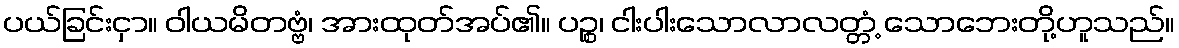
ပယ်ခြင်းငှာ။ ဝါယမိတဗ္ဗံ၊ အားထုတ်အပ်၏။ ပဉ္စ၊ ငါးပါးသောလာလတ္တံ့ သောဘေးတို့ဟူသည်။